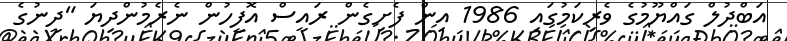
އަބްދުލް ގައްޔޫމުގެ ވެރިކަމުގައި 1986 އިން ފެށިގެން ރައީސް އޮފީހުން ނެރެމުންދިޔަ "ދީނުގެ